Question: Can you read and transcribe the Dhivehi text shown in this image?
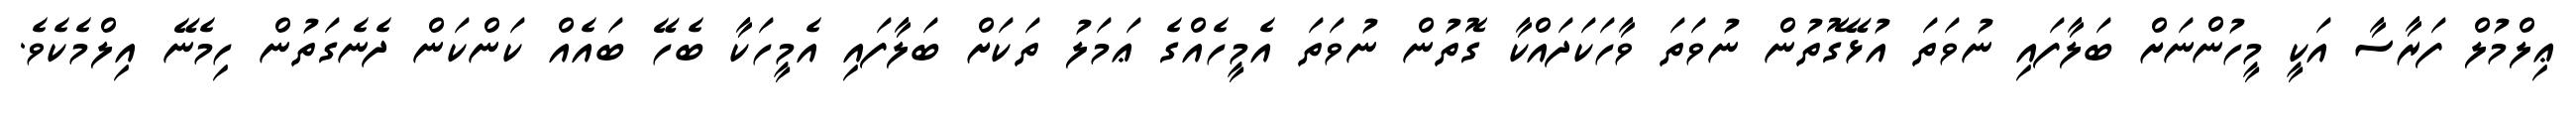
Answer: ޢިލްމުލް ފަރާސާ އަކީ މީހުންނަށް ބަލާފައި ނުވަތަ އުޅޭގޮތުން ނުވަތަ ވާހަކަދައްކާ ގޮތުން ނުވަތަ އެމީހެއްގެ ޢަމަލު ތަކަށް ބަލާފައި އެމީހަކާ ބެހޭ ބައެއް ކަންކަން ދެނެގަތުން ހިމެނޭ އިލްމެކެވެ.